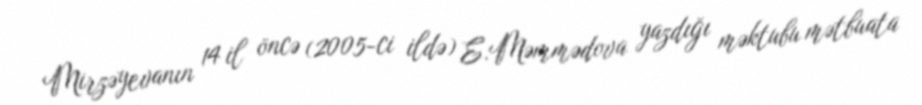
Mirzəyevanın 14 il öncə (2005-ci ildə) E.Məmmədova yazdığı məktubu mətbuata